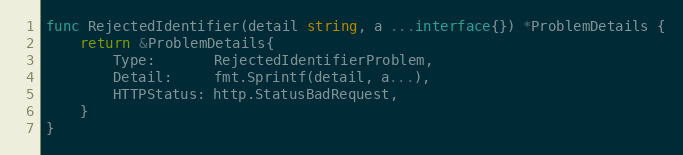
Language: Go
func RejectedIdentifier(detail string, a ...interface{}) *ProblemDetails {
	return &ProblemDetails{
		Type:       RejectedIdentifierProblem,
		Detail:     fmt.Sprintf(detail, a...),
		HTTPStatus: http.StatusBadRequest,
	}
}